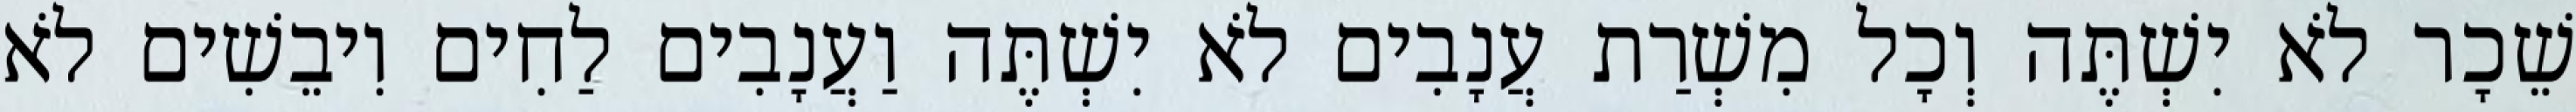
שֵׁכָר לֹא יִשְׁתֶּה וְכָל מִשְׁרַת עֲנָבִים לֹא יִשְׁתֶּה וַעֲנָבִים לַחִים וִיבֵשִׁים לֹא